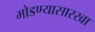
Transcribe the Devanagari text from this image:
मोडण्यासारखा